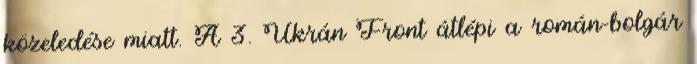
közeledése miatt. A 3. Ukrán Front átlépi a román-bolgár